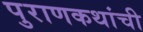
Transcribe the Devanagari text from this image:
पुराणकथांची